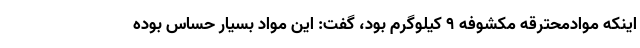
اینکه موادمحترقه مکشوفه ۹ کیلوگرم بود، گفت: این مواد بسیار حساس بوده